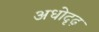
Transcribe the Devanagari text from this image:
अधोदृढ़